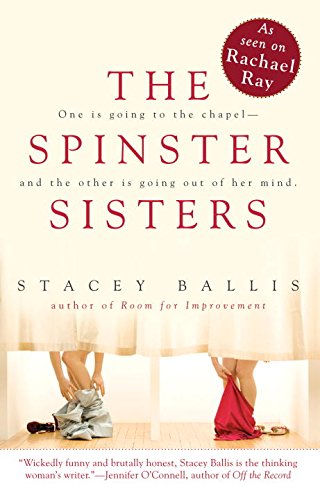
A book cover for The Spinster Sisters; Stacey Ballis; Literature & Fiction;